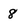
Character: 8